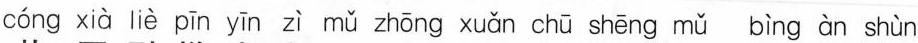
cóng xià liè pīn yīn zì mǔ zhōng xuǎn chū shēng mǔ bìng àn shùn